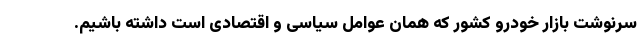
سرنوشت بازار خودرو کشور که همان عوامل سیاسی و اقتصادی است داشته باشیم.